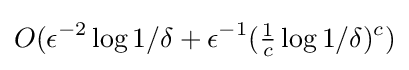
O(\epsilon ^{-2}\log 1/\delta +\epsilon ^{-1}({\tfrac {1}{c}}\log 1/\delta )^{c})